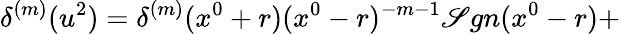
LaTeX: {\delta}^{(m)}(u^{2})={\delta}^{(m)}(x^{0}+r)(x^{0}-r)^{-m-1}\mathscr{S}gn(x^{0}-r)+